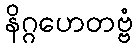
နိဂ္ဂဟေတဗ္ဗံ